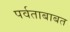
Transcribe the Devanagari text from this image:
पर्वताबाबत